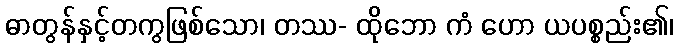
ဓာတွန်နှင့်တကွဖြစ်သော၊ တဿ- ထိုဘော ကံ ဟော ယပစ္စည်း၏၊